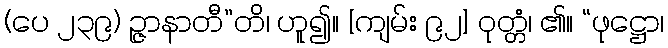
(ပေ ၂၃၉) ဉ္ဇာနာတီ”တိ၊ ဟူ၍။ [ကျမ်း ၉၂] ဝုတ္တံ၊ ၏။ “ဖုဋ္ဌော၊